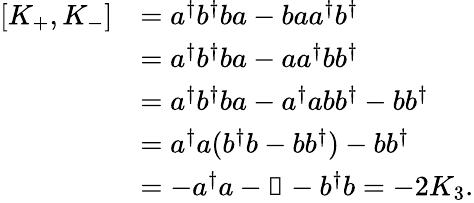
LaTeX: \begin{array}{rl}{[K_{+},K_{-}]}&{=a^{\dagger}b^{\dagger}ba-baa^{\dagger}b^{\dagger}}\\ &{=a^{\dagger}b^{\dagger}ba-aa^{\dagger}bb^{\dagger}}\\ &{=a^{\dagger}b^{\dagger}ba-a^{\dagger}abb^{\dagger}-bb^{\dagger}}\\ &{=a^{\dagger}a(b^{\dagger}b-bb^{\dagger})-bb^{\dagger}}\\ &{=-a^{\dagger}a-\mathbb{1}-b^{\dagger}b=-2K_{3}.}\end{array}